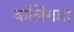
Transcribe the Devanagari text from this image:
कलिंगडा